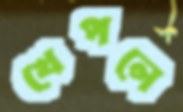
খেপলে